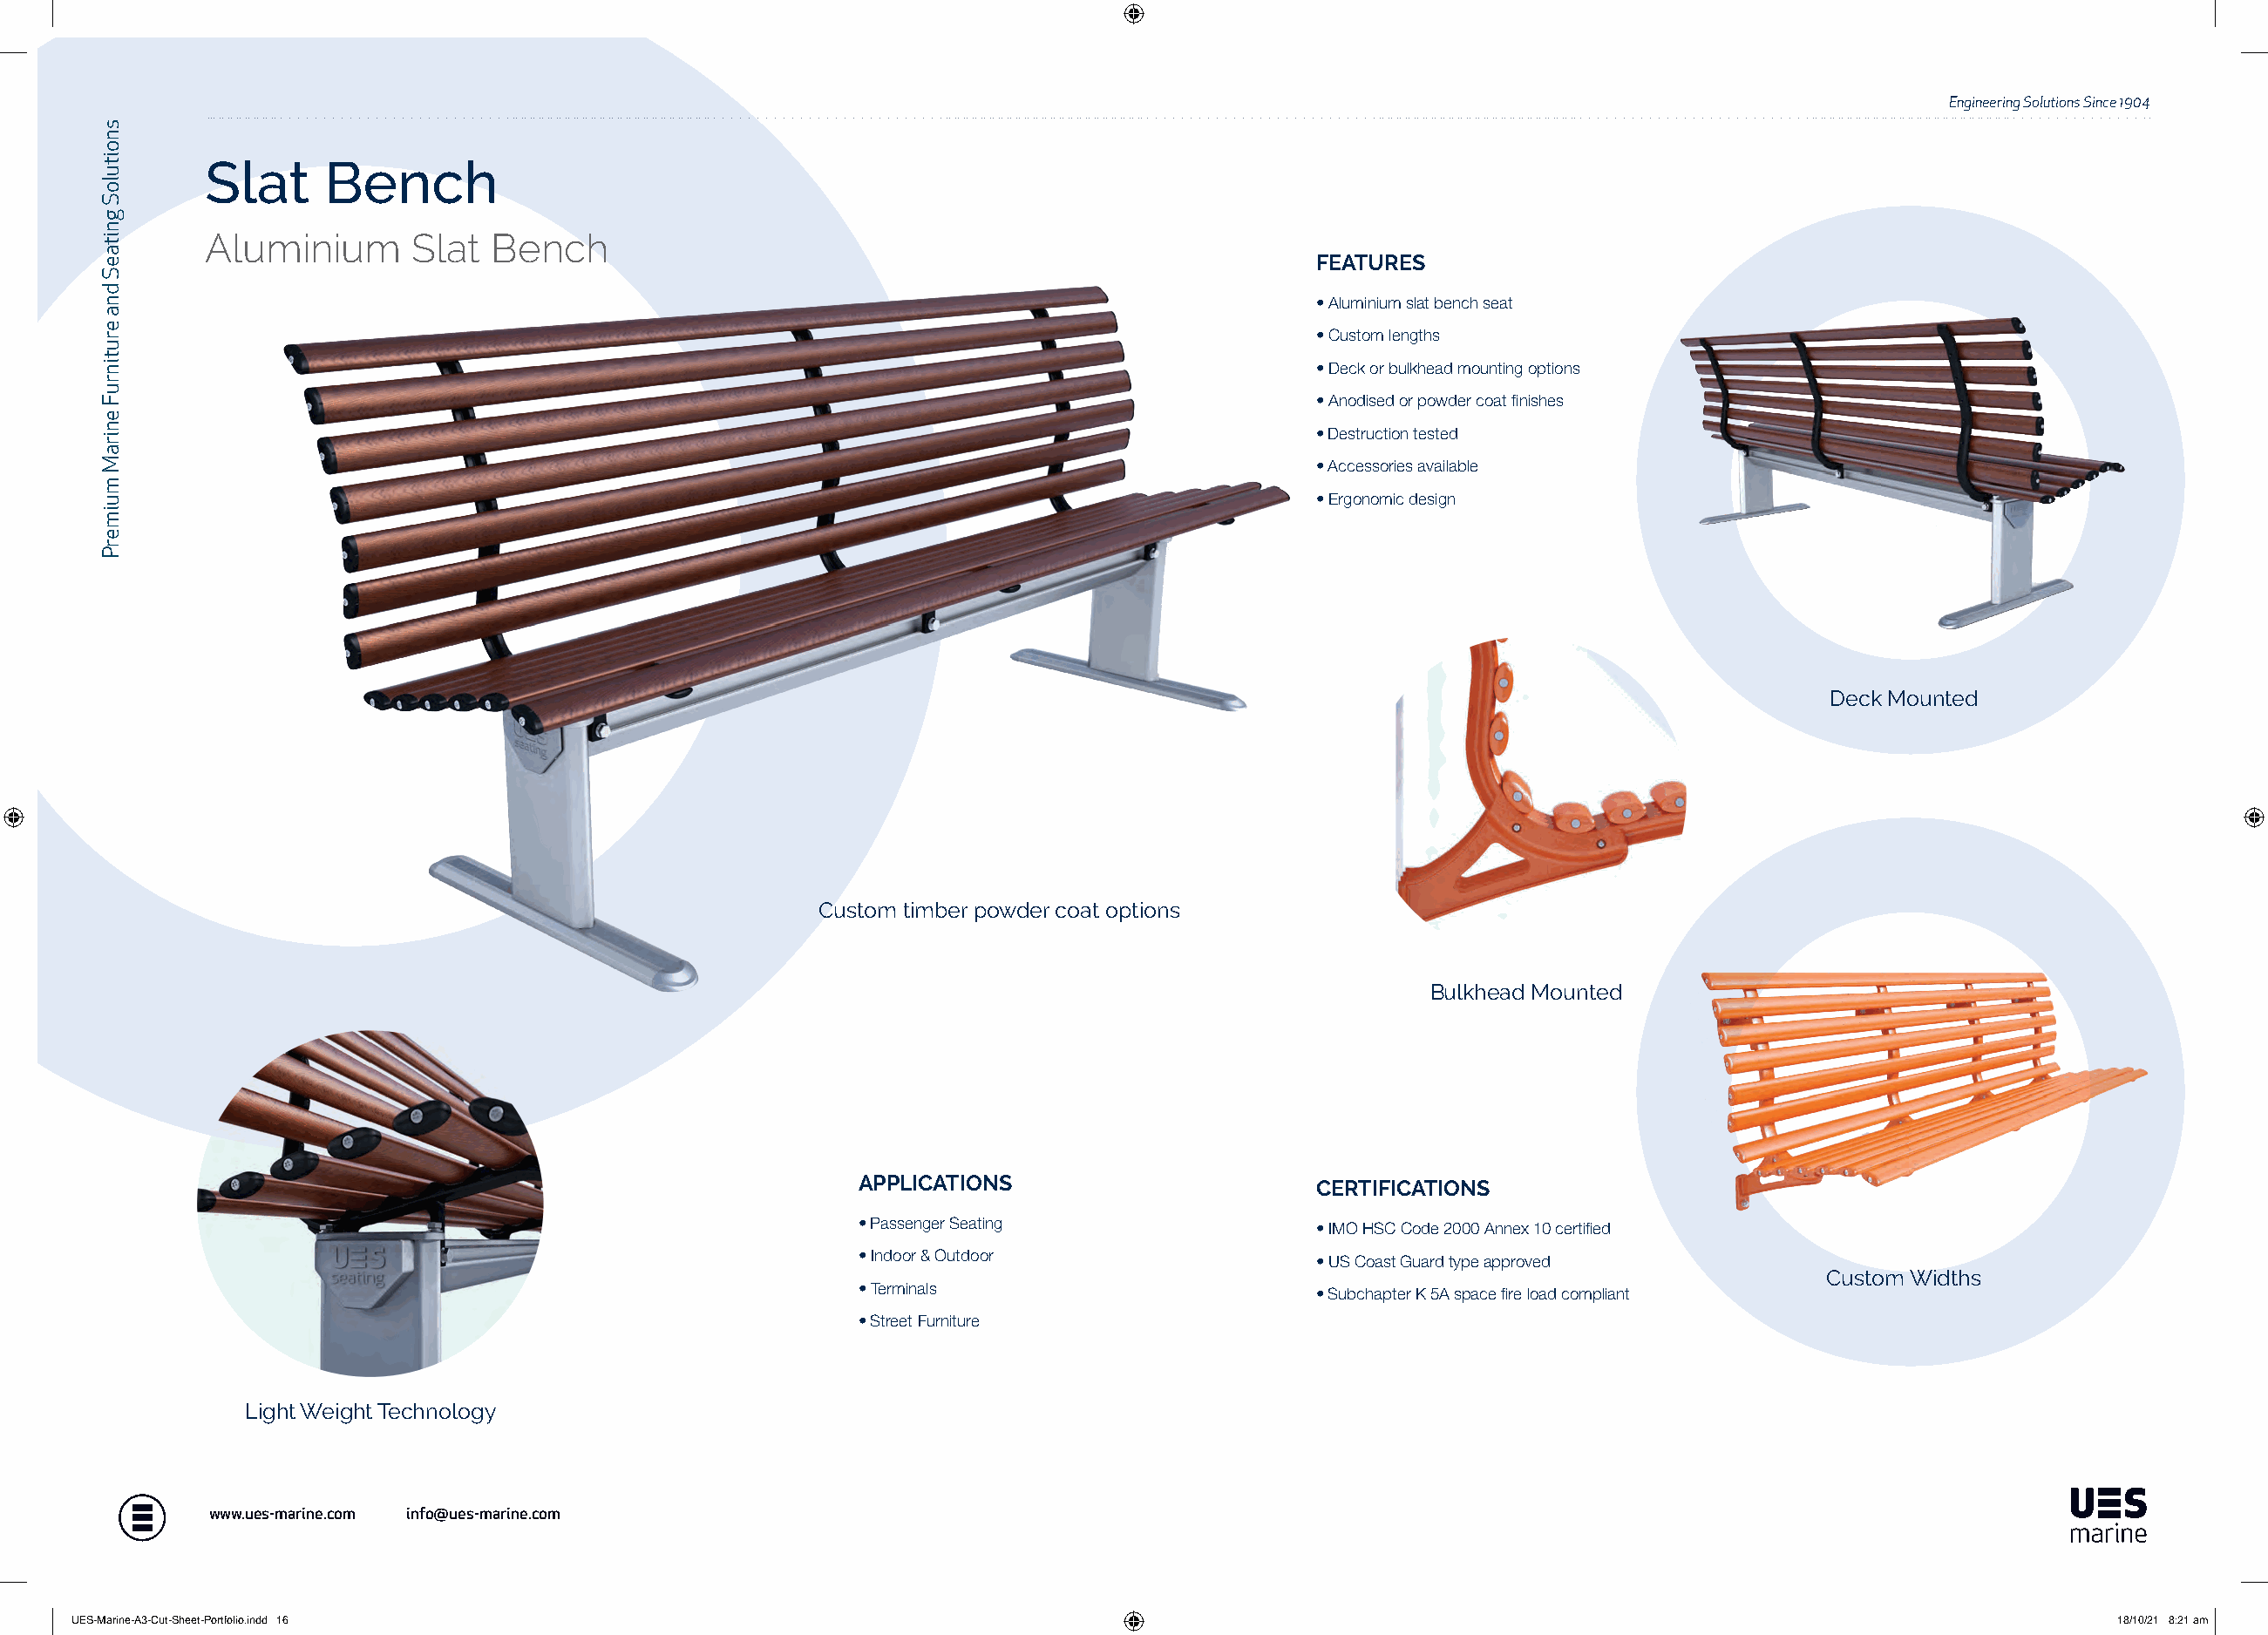
Engineering Solutions Since 1904
 Slat     Bench
 Aluminium      Slat  Bench
 FEATURES
 • Aluminium slat bench seat
 • Custom lengths
 • Deck or bulkhead mounting options
 • Anodised or powder coat finishes
 • Destruction tested
 • Accessories available
 • Ergonomic design
 Deck Mounted
 Custom timber powder coat options
 Bulkhead Mounted
 APPLICATIONS                       CERTIFICATIONS
 • Passenger Seating                • IMO HSC Code 2000 Annex 10 certified
 • Indoor & Outdoor                 • US Coast Guard type approved
 Custom Widths
 • Terminals                        • Subchapter K 5A space fire load compliant
 • Street Furniture
 Light Weight Technology
 www.ues-marine.com info@ues-marine.com
 UUEESS--MMaarriinnee--AA33--CCuutt--SShheeeett--PPoorrttffoolliioo..iinndddd 1166                                                                           1188//1100//2211 88::2211 aamm
 snoituloS
 gnitaeS
 dna
 erutinruF
 eniraM
 muimerP